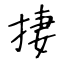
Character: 捿